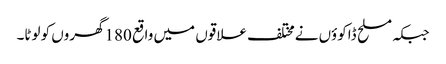
جبکہ مسلح ڈاکوؤں نےمختلف علاقوں میں واقع 180گھروں کو لوٹا۔